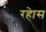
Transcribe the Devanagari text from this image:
रहेास